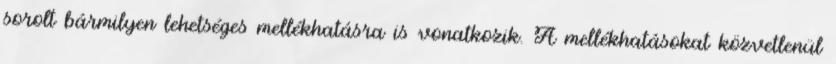
sorolt bármilyen lehetséges mellékhatásra is vonatkozik. A mellékhatásokat közvetlenül